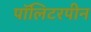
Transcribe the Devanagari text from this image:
पॉलिटरपीन